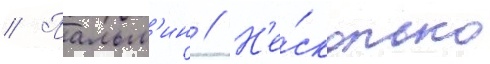
// Пальм'ин // Н'е́сколько